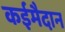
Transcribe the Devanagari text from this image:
कईमैदान